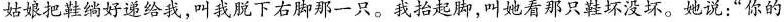
姞娘把鞋绱好递给我，叫我脱下方脚一只。我抬起脚，叫她看那只鞋坏没坏。她说：”你的